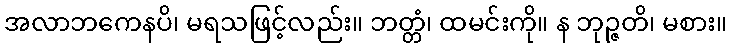
အလာဘကေနပိ၊ မရသဖြင့်လည်း။ ဘတ္တံ၊ ထမင်းကို။ န ဘုဉ္ဇတိ၊ မစား။